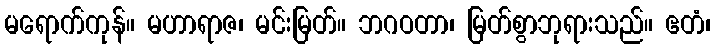
မရောက်ကုန်။ မဟာရာဇ၊ မင်းမြတ်။ ဘဂဝတာ၊ မြတ်စွာဘုရားသည်။ ဧတံ၊